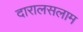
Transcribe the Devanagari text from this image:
दारालसलाम